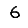
Digit: 6